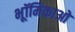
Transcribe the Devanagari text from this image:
भूॉमिकाओ